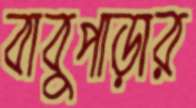
বাবুপাড়ার